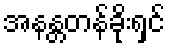
အနန္တတန်ခိုးရှင်